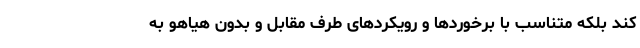
کند بلکه متناسب با برخوردها و رویکردهای طرف مقابل و بدون هیاهو به